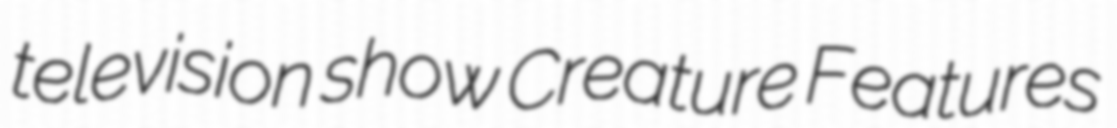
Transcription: television show Creature Features